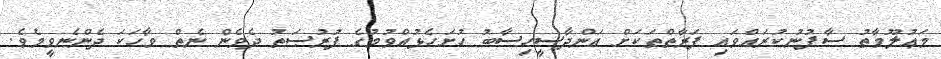
މަޢުލޫމާތު ސާފުނުކުރައްވައި ފަރާތްތަކަށް އަންދާސީހިސާބު ހުށަހެޅުއްވުމުގެ ފުރުޞަތު ދެވެން ނެތް ވާހަކަ ދެންނެވީމެވެ.